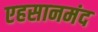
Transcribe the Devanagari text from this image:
एहसानमंद